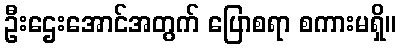
ဦးဌေးအောင်အတွက် ပြောစရာ စကားမရှိ။